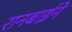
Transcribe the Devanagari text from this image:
रानबाईने